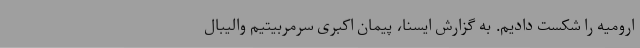
ارومیه را شکست دادیم. به گزارش ایسنا، پیمان اکبری سرمربیتیم والیبال